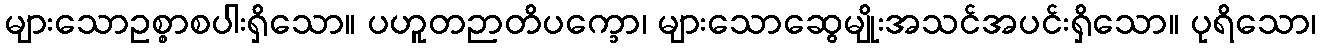
များသောဥစ္စာစပါးရှိသော။ ပဟူတဉာတိပက္ခော၊ များသောဆွေမျိုးအသင်အပင်းရှိသော။ ပုရိသော၊